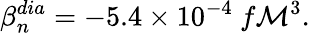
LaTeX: \beta_{n}^{dia}=-5.4\times10^{-4}~f\mathcal{M}^{3}.